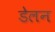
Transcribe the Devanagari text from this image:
डेलन